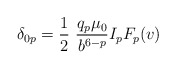
\begin{align*}\delta_{0p} = {1\over 2}~{q_p \mu_0\over b^{6-p}} I_p F_p (v)\end{align*}